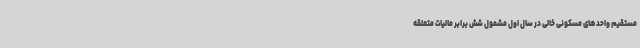
مستقیم واحدهای مسکونی خالی در سال اول مشمول شش برابر مالیات متعلقه